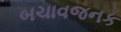
બચાવજનક